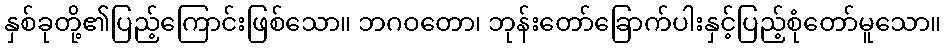
နှစ်ခုတို့၏ပြည့်ကြောင်းဖြစ်သော။ ဘဂဝတော၊ ဘုန်းတော်ခြောက်ပါးနှင့်ပြည့်စုံတော်မူသော။